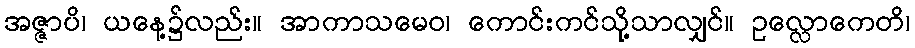
အဇ္ဇာပိ၊ ယနေ့၌လည်း။ အာကာသမေဝ၊ ကောင်းကင်သို့သာလျှင်။ ဥလ္လောကေတိ၊